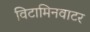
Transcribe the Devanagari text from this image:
विटामिनवाटर